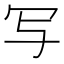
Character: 写